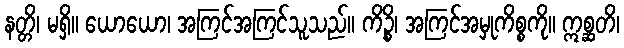
နတ္တိ၊ မရှိ။ ယောယော၊ အကြင်အကြင်သူသည်။ ကိဉ္စိ၊ အကြင်အမှုကိစ္စကို။ ဣစ္ဆတိ၊